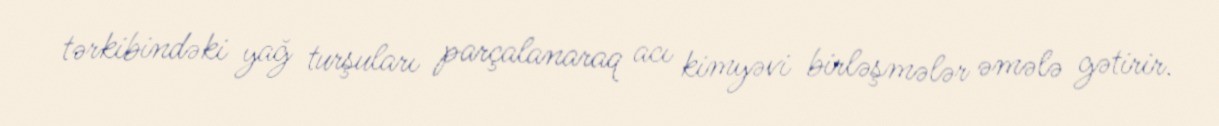
tərkibindəki yağ turşuları parçalanaraq acı kimyəvi birləşmələr əmələ gətirir.